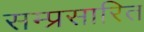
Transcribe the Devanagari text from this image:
सम्प्रसारित